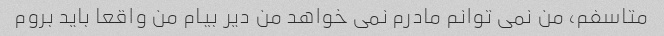
متاسفم، من نمی توانم مادرم نمی خواهد من دیر بیام من واقعا باید بروم